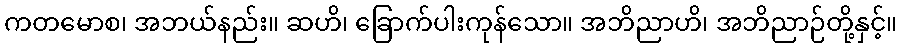
ကတမောစ၊ အဘယ်နည်း။ ဆဟိ၊ ခြောက်ပါးကုန်သော။ အဘိညာဟိ၊ အဘိညာဉ်တို့နှင့်။